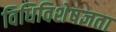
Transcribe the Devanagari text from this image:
विधिविशेषज्ञता